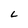
Character: L